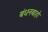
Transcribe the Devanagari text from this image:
बंधनबाहो